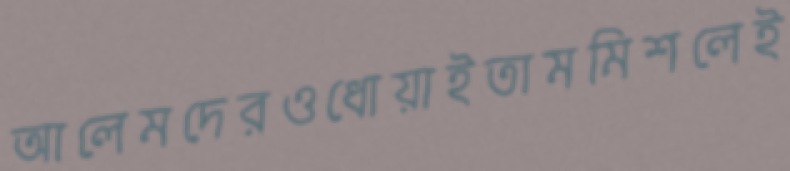
আলেমদেরওধোয়াইতামমিশলেই